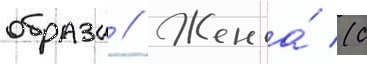
образа // Жена́ (с